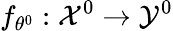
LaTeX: f_{\theta^{0}}:\mathcal{X}^{0}\rightarrow\mathcal{Y}^{0}